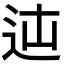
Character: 𨑿